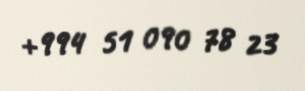
+994 51 090 78 23